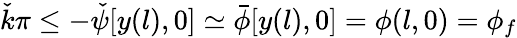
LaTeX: \check{k}\pi\le-{\check{\psi}}[y(l),0]\simeq\bar{\phi}[y(l),0]=\phi(l,0)=\phi_{f}